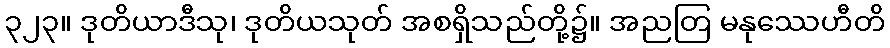
၃၂၃။ ဒုတိယာဒီသု၊ ဒုတိယသုတ် အစရှိသည်တို့၌။ အညတြ မနုဿေဟီတိ